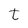
Character: t